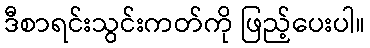
ဒီစာရင်းသွင်းကတ်ကို ဖြည့်ပေးပါ။